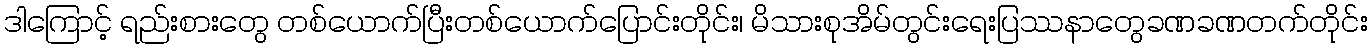
ဒါကြောင့် ရည်းစားတွေ တစ်ယောက်ပြီးတစ်ယောက်ပြောင်းတိုင်း၊ မိသားစုအိမ်တွင်းရေးပြဿနာတွေခဏခဏတက်တိုင်း